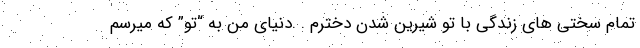
تمام سختی های زندگی با تو شیرین شدن دخترم . .دنیای من به “تو” که میرسم